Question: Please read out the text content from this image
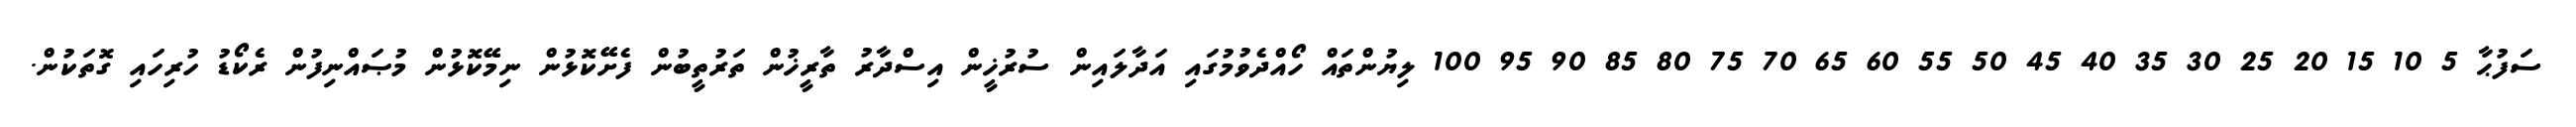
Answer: ސަފުޙާ 5 10 15 20 25 30 35 40 45 50 55 60 65 70 75 80 85 90 95 100 ލިޔުންތައް ހޯއްދެވުމުގައި އަދާލައިން ސުރުޚީން އިސްދާރު ތާރީޚުން ތަރުތީބުން ފެށޭކޮޅުން ނިމޭކޮޅުން މުޞައްނިފުން ރެކޯޑު ހުރިހައި ގޮތަކުން.